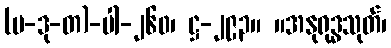
(ပ-ဒု-တ)-ပါ-၂၆၀၊ ဋ္ဌ-၂၉၃။ ။အနုရုဒ္ဓသုတ်၊